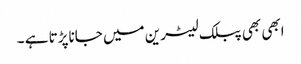
ابھی بھی پبلک لیٹرین میں جاناپڑتا ہے ۔